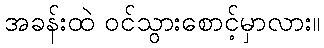
အခန်းထဲ ဝင်သွားစောင့်မှာလား။